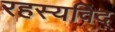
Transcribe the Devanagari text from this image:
रहस्यविद्